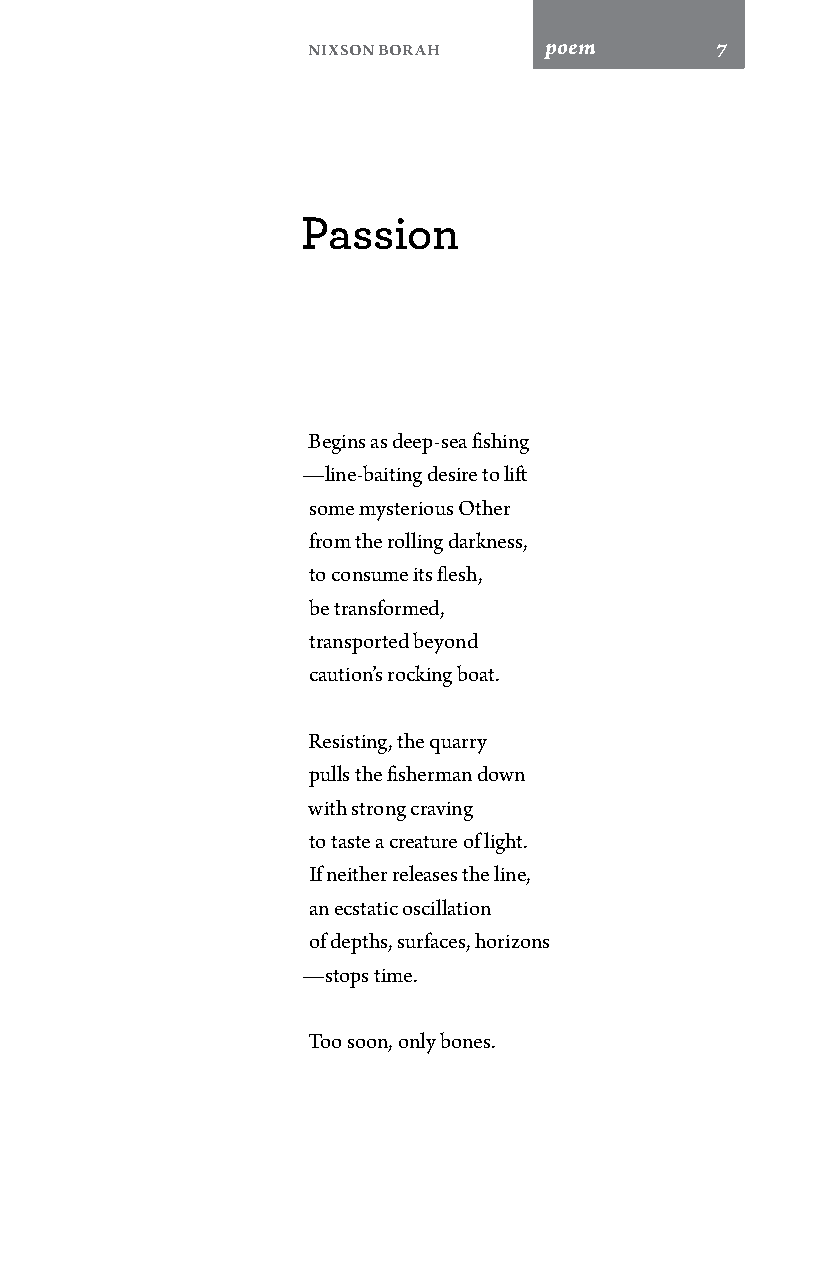
Nixson Borah    poem       7
 Passion
 Begins as deep-sea fishing
 —line-baiting desire to lift
 some mysterious Other
 from the rolling darkness,
 to consume its flesh,
 be transformed,
 transported beyond
 caution’s rocking boat.
 Resisting, the quarry
 pulls the fisherman down
 with strong craving
 to taste a creature of light.
 If neither releases the line,
 an ecstatic oscillation
 of depths, surfaces, horizons
 —stops time.
 Too soon, only bones.